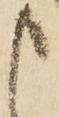
申